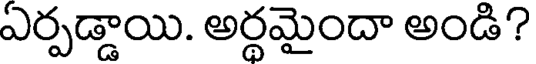
ఏర్పడ్డాయి. అర్థమైందా అండి?